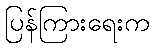
ပြန်ကြားရေးက